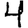
Digit: 4